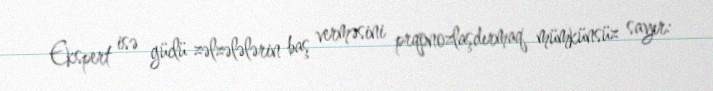
Ekspert isə güclü zəlzələlərin baş verməsini prqonozlaşdırmaq mümkünsüz sayır: